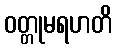
ဝတ္တုမရဟတိ